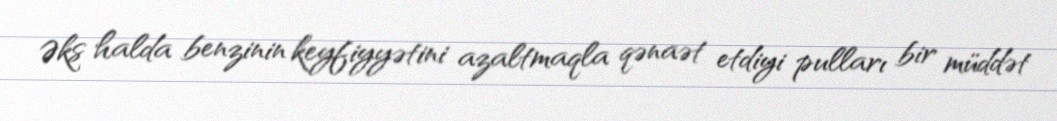
Əks halda benzinin keyfiyyətini azaltmaqla qənaət etdiyi pulları bir müddət